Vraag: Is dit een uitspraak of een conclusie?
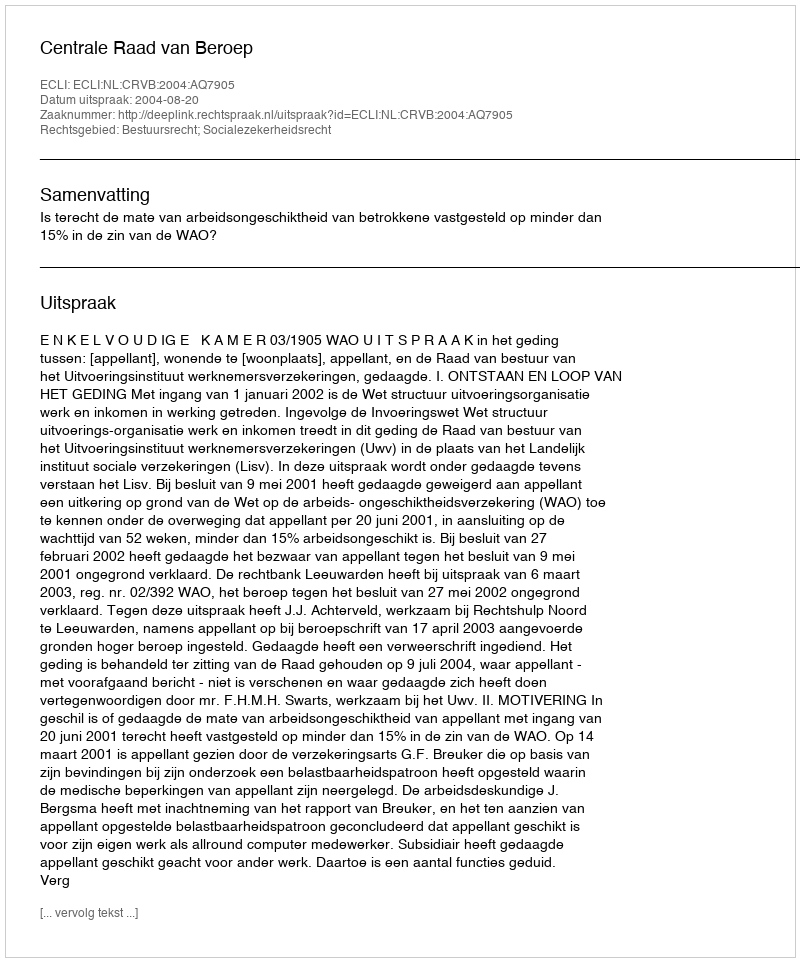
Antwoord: Uitspraak